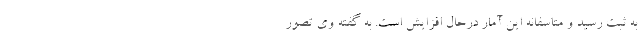
به ثبت رسید و متاسفانه این آمار درحال افزایش است. به گفته وی تصور